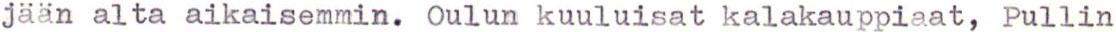
jään alta aikaisemmin. Oulun kuuluisat kalakauppiaat, Pullin